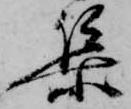
集